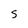
Character: S